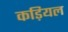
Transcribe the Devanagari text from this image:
कड़ियल